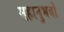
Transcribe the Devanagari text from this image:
महानुभवों